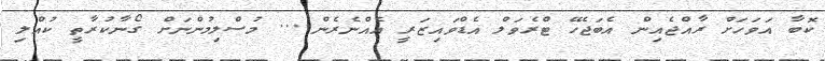
ކޮބާ އަވަހަށް ރާއްޖެއިން އެބަޖެހޭ ޓްރެވަލް އެޑްވައިޒަރީ އެއްނެރެން.... މުސްލިމުންނަށް ގޯނާކުރާތީ ކުއްލި